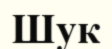
Шук